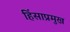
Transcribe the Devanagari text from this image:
हिंसाप्रमुख